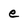
Character: e